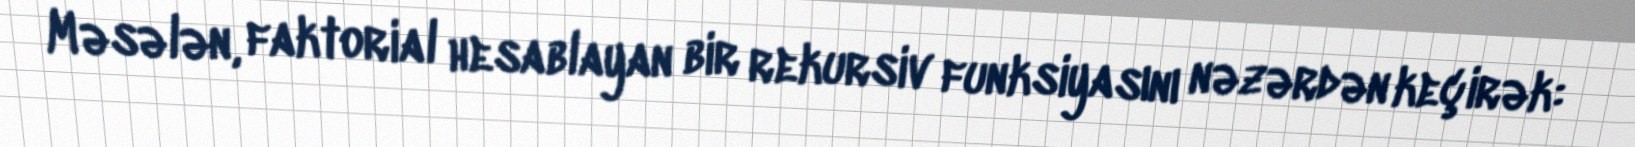
Məsələn, faktorial hesablayan bir rekursiv funksiyasını nəzərdən keçirək: